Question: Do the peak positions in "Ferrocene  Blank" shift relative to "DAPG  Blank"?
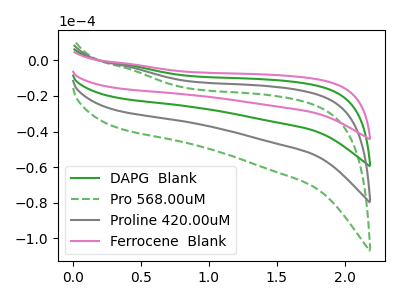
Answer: <think>The green curve "DAPG  Blank" has no peaks. The green dashed curve "Pro 568.00uM" has no peaks. The gray curve "Proline 420.00uM" has no peaks. The pink curve "Ferrocene  Blank" has no peaks.
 Neither "Ferrocene  Blank" or "DAPG  Blank" have any peaks.</think>
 <answer>No, "Ferrocene  Blank" and "DAPG  Blank" don't appear to be significantly different in shape</answer>
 <eval>no_change</eval>